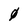
Character: 0